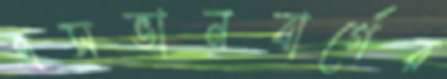
এসভানবার্গের